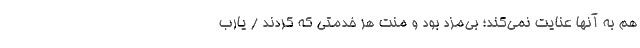
هم به آنها عنایت نمی‌کند؛ بی‌مزد بود و منت هر خدمتی که کردند / یارب